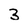
Character: 3